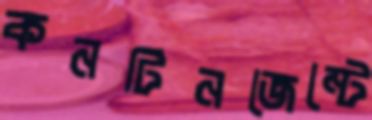
কনটিনজেন্টে